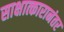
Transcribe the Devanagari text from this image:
साक्षात्कारानंतर